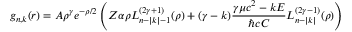
g _ { n , k } ( r ) = A \rho ^ { \gamma } e ^ { - \rho / 2 } \left( Z \alpha \rho L _ { n - | k | - 1 } ^ { ( 2 \gamma + 1 ) } ( \rho ) + ( \gamma - k ) { \frac { \gamma \mu c ^ { 2 } - k E } { \hbar c C } } L _ { n - | k | } ^ { ( 2 \gamma - 1 ) } ( \rho ) \right)